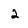
Character: 2